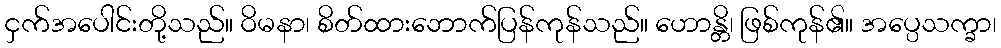
ငှက်အပေါင်းတို့သည်။ ဝိမနာ၊ စိတ်ထားဘောက်ပြန်ကုန်သည်။ ဟောန္တိ၊ ဖြစ်ကုန်၏။ အပ္ပေသက္ခာ၊